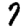
Digit: 7